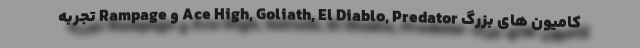
کامیون های بزرگ Ace High, Goliath, El Diablo, Predator و Rampage تجربه